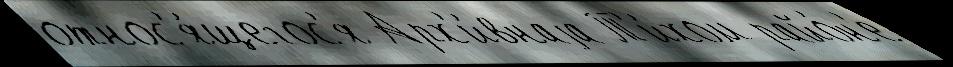
относ'я́щегос'я Арх'и́внаjа Т'и́хом райо́н'е